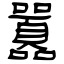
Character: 囂